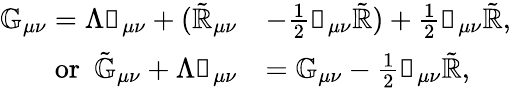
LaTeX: \begin{array}{rl}{\mathbb{G}_{\mu\nu}=\Lambda\mathbb{g}_{\mu\nu}+(\tilde{\mathbb{R}}_{\mu\nu}}&{-\frac{1}{2}\mathbb{g}_{\mu\nu}\tilde{\mathbb{R}})+\frac{1}{2}\mathbb{g}_{\mu\nu}\tilde{\mathbb{R}},}\\ {\mathrm{or}~~\tilde{\mathbb{G}}_{\mu\nu}+\Lambda\mathbb{g}_{\mu\nu}}&{=\mathbb{G}_{\mu\nu}-\frac{1}{2}\mathbb{g}_{\mu\nu}\tilde{\mathbb{R}},}\end{array}